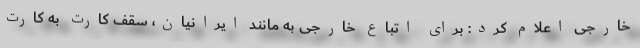
خارجی اعلام کرد: برای اتباع خارجی به مانند ایرانیان، سقف کارت به کارت